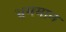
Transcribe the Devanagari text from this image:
भ्रममान